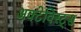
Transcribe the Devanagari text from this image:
अक्टेविस्ट्स